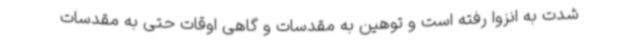
شدت به انزوا رفته است و توهین به مقدسات و گاهی اوقات حتی به مقدسات